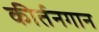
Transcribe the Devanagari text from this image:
कीर्तनगान